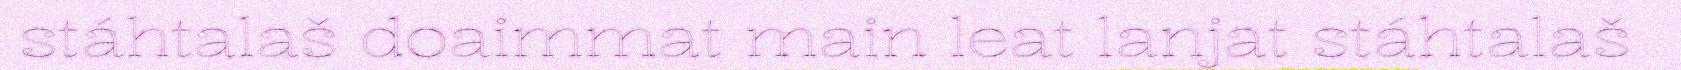
stáhtalaš doaimmat main leat lanjat stáhtalaš